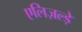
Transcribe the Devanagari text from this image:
एलिज़ल्ड़े